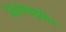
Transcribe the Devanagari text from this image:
वैंकोमाइसिन